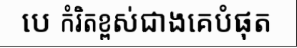
បេ កំរិតខ្ពស់ជាងគេបំផុត